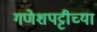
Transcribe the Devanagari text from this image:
गणेशपट्टीच्या